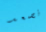
نصعد